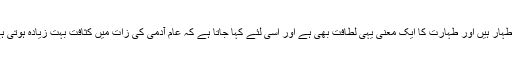
اور اس انعکاس کا لطیف ترین انعکاس آل بیت اطہار ہیں اور طہارت کا ایک معنی یہی لطافت بھی ہے اور اسی لئے کہا جاتا ہے کہ عام آدمی کی زات میں کثافت بہت زیادہ ہوتی ہے تو اس میں انعکاس بھی بہت دھندلا ہوتا ہے۔